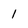
Character: l